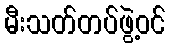
မီးသတ်တပ်ဖွဲ့ဝင်